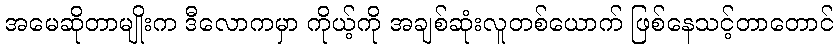
အမေဆိုတာမျိုးက ဒီလောကမှာ ကိုယ့်ကို အချစ်ဆုံးလူတစ်ယောက် ဖြစ်နေသင့်တာတောင်